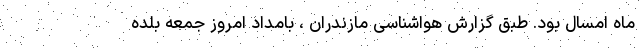
ماه امسال بود. طبق گزارش هواشناسی مازندران ، بامداد امروز جمعه بلده